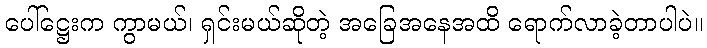
ပေါ်ဋ္ဌေးက ကွာမယ်၊ ရှင်းမယ်ဆိုတဲ့ အခြေအနေအထိ ရောက်လာခဲ့တာပါပဲ။